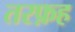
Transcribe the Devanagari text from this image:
तरफ़ह